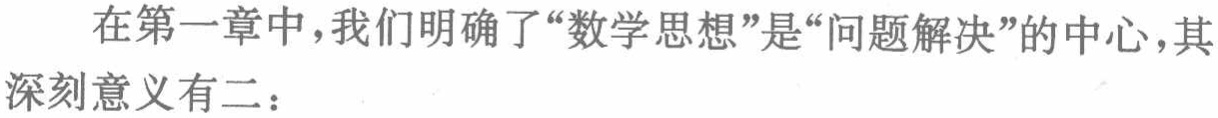
在第一章中，我们明确了“数学思想”是“问题解决”的中心，其深刻意义有二：